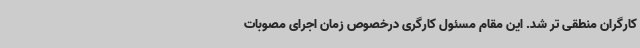
کارگران منطقی تر شد. این مقام مسئول کارگری درخصوص زمان اجرای مصوبات